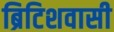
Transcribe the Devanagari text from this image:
ब्रिटिशवासी